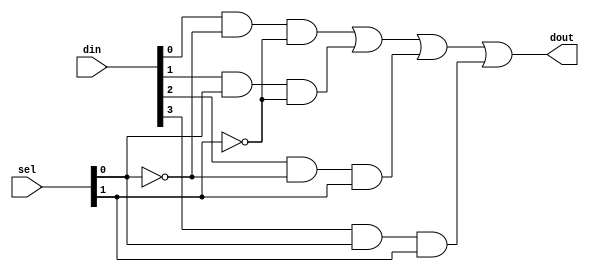

module mux4x1(dout, sel, din);
  
  //??????
  output wire dout;
  
  //??????
  input [1:0] sel;
  input [3:0] din;
  
  //??????
  wire [1:0] notsel;
  wire [3:0] y;
  
  //?? notsel ??
  not (notsel[0], sel[0]);
  not (notsel[1], sel[1]);
    
  //???????
  and (y[0], din[0], notsel[0], notsel[1]);
  and (y[1], din[1], sel[0],    notsel[1]); 
  and (y[2], din[2], notsel[0], sel[1]   );
  and (y[3], din[3], sel[0],    sel[1]   );
    
  //???????
  or  (dout, y[0], y[1], y[2], y[3]);
  
endmodule